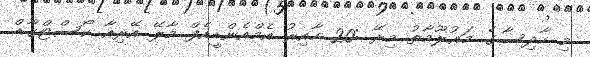
މި ހާދިސާގެ މަޢުލޫމާތު މިރޭ :20 ހާއިރުު އެމްއެންޑީއެފް މާލޭ އޭރިއާ ކޯސްޓްގާޑް